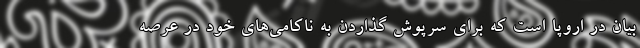
بیان در اروپا است که برای سرپوش گذاردن به ناکامی‌های خود در عرصه